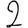
Digit: 2